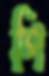
পি